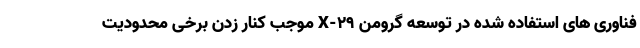
فناوری های استفاده شده در توسعه گرومن X-29 موجب کنار زدن برخی محدودیت